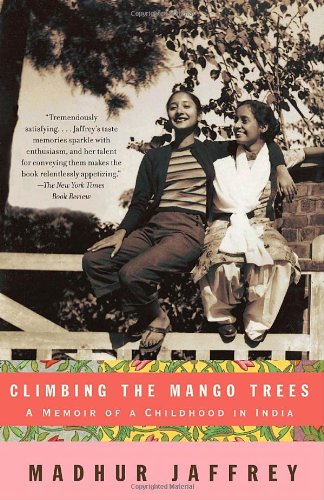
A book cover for Climbing the Mango Trees: A Memoir of a Childhood in India; Madhur Jaffrey; Cookbooks, Food & Wine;